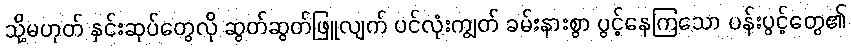
သို့မဟုတ် နှင်းဆုပ်တွေလို ဆွတ်ဆွတ်ဖြူလျက် ပင်လုံးကျွတ် ခမ်းနားစွာ ပွင့်နေကြသော ပန်းပွင့်တွေ၏